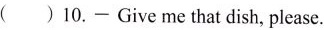
( ) 10.— Give me that dish, please.